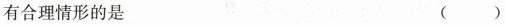
有合理情形的是 ()